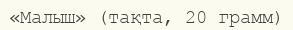
«Малыш» (тақта, 20 грамм)